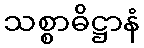
သစ္စာဓိဋ္ဌာနံ